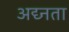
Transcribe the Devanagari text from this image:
अद्य्नता